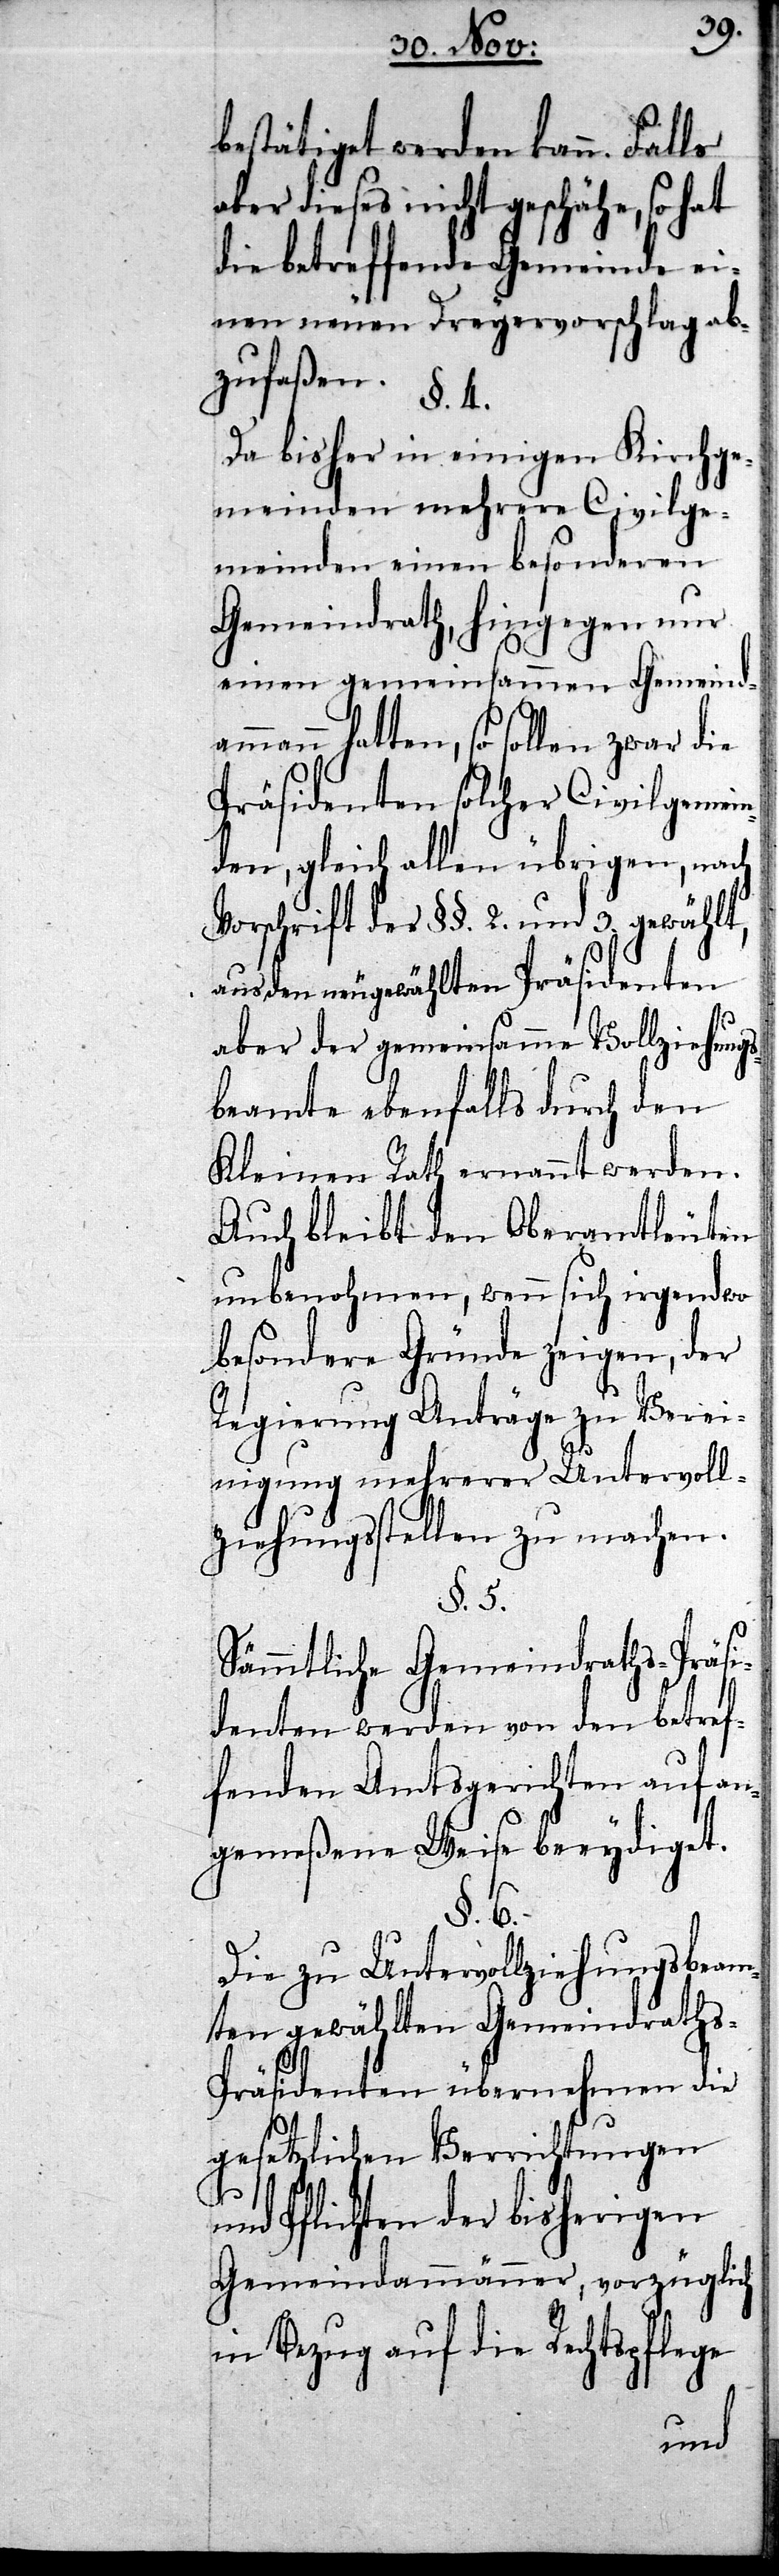
bestätiget werden kann. Falls
aber dieses nicht geschähe, so hat
die betreffende Gemeinde ei¬
nen neuen Dreyervorschlag ab¬
zufaßen.
Da bisher in einigen Kirchge¬
meinden mehrere Civilge¬
meinden einen besonderen
Gemeindrath, hingegen nur
einen gemeinsammen Gemeindam¬
mann hatten, so sollen zwar die
Präsidenten solcher Civilgemein¬
den, gleich allen übrigen, nach
Vorschrift der §§. 2. und 3. gewählt,
aus den neugewählten Präsidenten
aber der gemeinsamme Vollziehung¬
sbeamte ebenfalls durch den
Kleinen Rath ernannt werden.
Auch bleibt den Oberamtleuten
unbenohmen, wenn sich irgendwo
besondere Gründe zeigen, der
Regierung Anträge zu Verei¬
nigung mehrerer Untervol¬
lziehungsstellen zu machen.
§. 5.
Sämmtliche Gemeindraths-Präsi¬
denten werden von den betref¬
fenden Amtsgerichten auf an¬
gemeßene Weise beeydiget.
§. 6.
Die zu Untervollziehungsbeam¬
ten gewählten Gemeindrath¬
s-Präsidenten übernehmen die
gesetzlichen Verrichtungen
und Pflichten der bisherigen
Gemeindammänner, vorzüglich
in Bezug auf die Rechtspflege